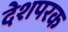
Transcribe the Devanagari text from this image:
देशपरक